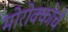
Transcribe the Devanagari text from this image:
मोरोक्कोचे